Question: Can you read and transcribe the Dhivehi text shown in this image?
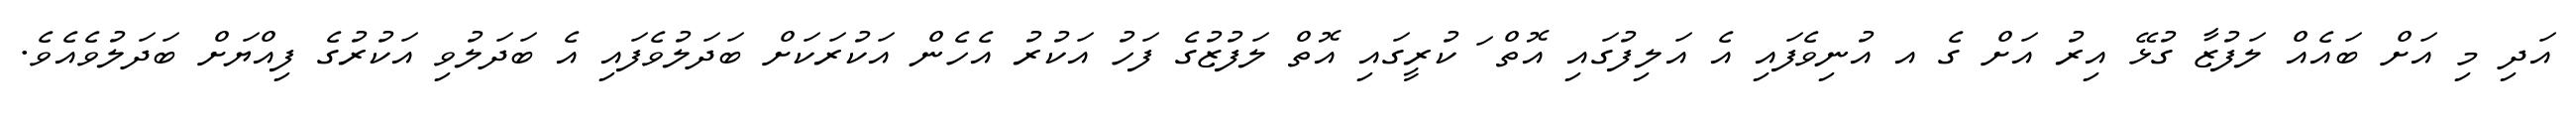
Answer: އަދި މި އަށް ބައެއް ލަފުޒާ ގުޅޭ އިރު އަށް ގެ އ އުނިވެފައި އެ އަލިފުގައި އޮތް ަ ކުރީގައި އޮތް ލަފުޒުގެ ފަހު އަކުރު އެހެން އަކުރަކަށް ބަދަލުވެފައި އެ ބަދަލުވި އަކުރުގެ ފިއްޔަށް ބަދަލުވެއެވެ.